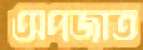
অপজাত